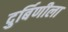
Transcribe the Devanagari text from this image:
दुर्बिणीला